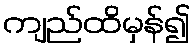
ကျည်ထိမှန်၍